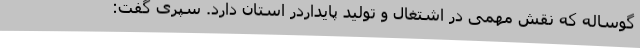
گوساله که نقش مهمی در اشتغال و تولید پایداردر استان دارد. سپری گفت: